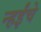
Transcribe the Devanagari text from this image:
न्हईंचे